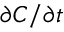
\partial C / \partial t